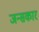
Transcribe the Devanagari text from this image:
जन्सकार